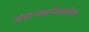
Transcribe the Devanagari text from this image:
जोहान्सबर्गजवळील